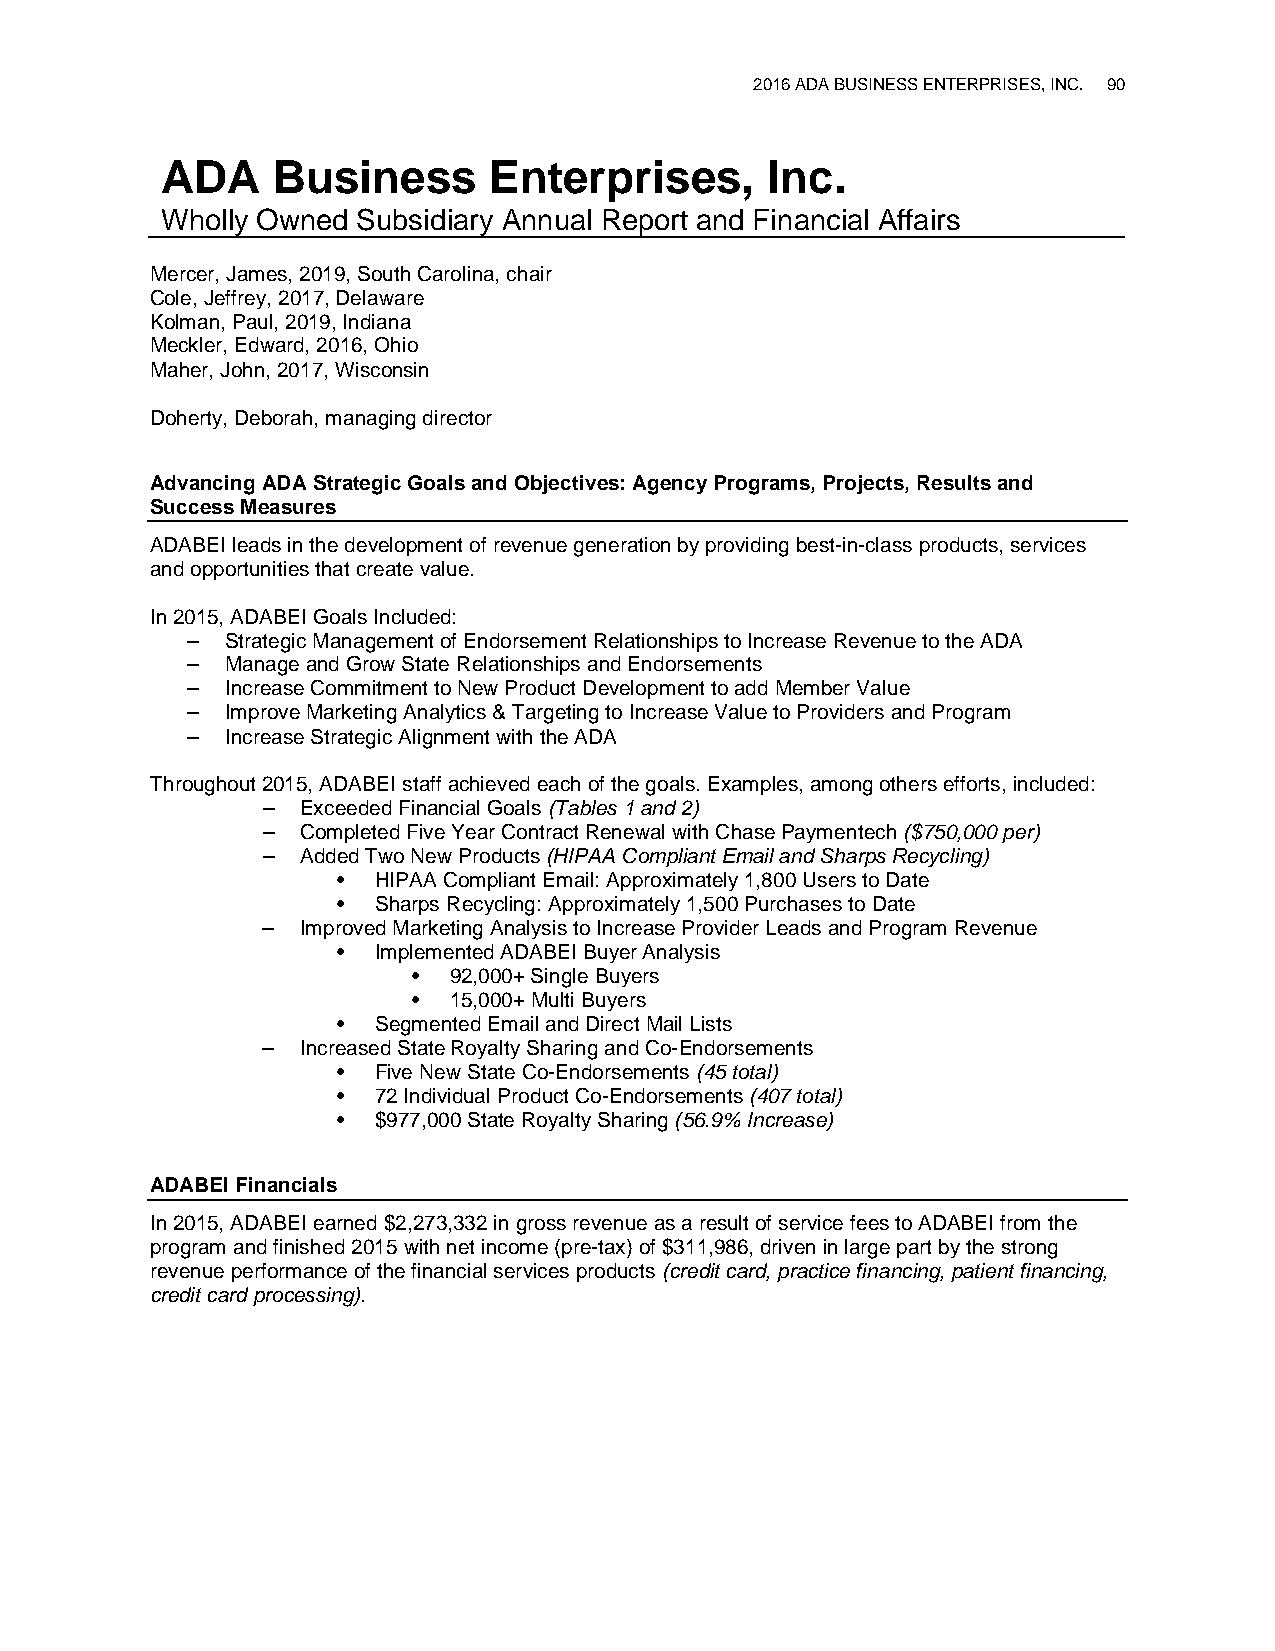
2016 ADA BUSINESS ENTERPRISES, INC. 90
 ADA    Business      Enterprises,       Inc.
 Wholly Owned Subsidiary Annual Report and Financial Affairs
 Mercer, James, 2019, South Carolina, chair
 Cole, Jeffrey, 2017, Delaware
 Kolman, Paul, 2019, Indiana
 Meckler, Edward, 2016, Ohio
 Maher, John, 2017, Wisconsin
 Doherty, Deborah, managing director
 Advancing ADA Strategic Goals and Objectives: Agency Programs, Projects, Results and
 Success Measures
 ADABEI leads in the development of revenue generation by providing best-in-class products, services
 and opportunities that create value.
 In 2015, ADABEI Goals Included:
 –  Strategic Management of Endorsement Relationships to Increase Revenue to the ADA
 –  Manage and Grow State Relationships and Endorsements
 –  Increase Commitment to New Product Development to add Member Value
 –  Improve Marketing Analytics & Targeting to Increase Value to Providers and Program
 –  Increase Strategic Alignment with the ADA
 Throughout 2015, ADABEI staff achieved each of the goals. Examples, among others efforts, included:
 –  Exceeded Financial Goals (Tables 1 and 2)
 –  Completed Five Year Contract Renewal with Chase Paymentech ($750,000 per)
 –  Added Two New Products (HIPAA Compliant Email and Sharps Recycling)
 •  HIPAA Compliant Email: Approximately 1,800 Users to Date
 •  Sharps Recycling: Approximately 1,500 Purchases to Date
 –  Improved Marketing Analysis to Increase Provider Leads and Program Revenue
 •  Implemented ADABEI Buyer Analysis
 •  92,000+ Single Buyers
 •  15,000+ Multi Buyers
 •  Segmented Email and Direct Mail Lists
 –  Increased State Royalty Sharing and Co-Endorsements
 •  Five New State Co-Endorsements (45 total)
 •  72 Individual Product Co-Endorsements (407 total)
 •  $977,000 State Royalty Sharing (56.9% Increase)
 ADABEI Financials
 In 2015, ADABEI earned $2,273,332 in gross revenue as a result of service fees to ADABEI from the
 program and finished 2015 with net income (pre-tax) of $311,986, driven in large part by the strong
 revenue performance of the financial services products (credit card, practice financing, patient financing,
 credit card processing).